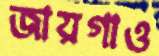
জায়গাও